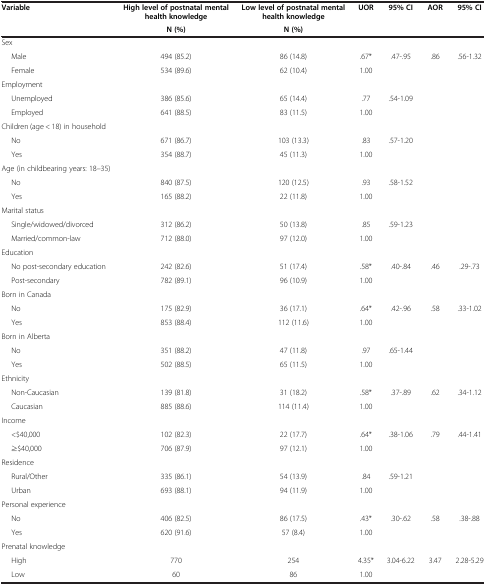
<table><thead><tr><td rowspan="2"><b>Variable</b></td><td><b>High level of postnatal mental health knowledge</b></td><td><b>Low level of postnatal mental health knowledge</b></td><td rowspan="2"><b>UOR</b></td><td rowspan="2"><b>95% CI</b></td><td rowspan="2"><b>AOR</b></td><td rowspan="2"><b>95% CI</b></td></tr><tr><td><b>N (%)</b></td><td><b>N (%)</b></td></tr></thead><tbody><tr><td>Sex</td><td> </td><td> </td><td> </td><td> </td><td> </td><td> </td></tr><tr><td>Male</td><td>494 (85.2)</td><td>86 (14.8)</td><td>.67*</td><td>.47-.95</td><td>.86</td><td>.56-1.32</td></tr><tr><td>Female</td><td>534 (89.6)</td><td>62 (10.4)</td><td>1.00</td><td> </td><td> </td><td> </td></tr><tr><td>Employment</td><td> </td><td> </td><td> </td><td> </td><td> </td><td> </td></tr><tr><td>Unemployed</td><td>386 (85.6)</td><td>65 (14.4)</td><td>.77</td><td>.54-1.09</td><td> </td><td> </td></tr><tr><td>Employed</td><td>641 (88.5)</td><td>83 (11.5)</td><td>1.00</td><td> </td><td> </td><td> </td></tr><tr><td>Children (age &lt; 18) in household</td><td> </td><td> </td><td> </td><td> </td><td> </td><td> </td></tr><tr><td>No</td><td>671 (86.7)</td><td>103 (13.3)</td><td>.83</td><td>.57-1.20</td><td> </td><td> </td></tr><tr><td>Yes</td><td>354 (88.7)</td><td>45 (11.3)</td><td>1.00</td><td> </td><td> </td><td> </td></tr><tr><td>Age (in childbearing years: 18–35)</td><td> </td><td> </td><td> </td><td> </td><td> </td><td> </td></tr><tr><td>No</td><td>840 (87.5)</td><td>120 (12.5)</td><td>.93</td><td>.58-1.52</td><td> </td><td> </td></tr><tr><td>Yes</td><td>165 (88.2)</td><td>22 (11.8)</td><td>1.00</td><td> </td><td> </td><td> </td></tr><tr><td>Marital status</td><td> </td><td> </td><td> </td><td> </td><td> </td><td> </td></tr><tr><td>Single/widowed/divorced</td><td>312 (86.2)</td><td>50 (13.8)</td><td>.85</td><td>.59-1.23</td><td> </td><td> </td></tr><tr><td>Married/common-law</td><td>712 (88.0)</td><td>97 (12.0)</td><td>1.00</td><td> </td><td> </td><td> </td></tr><tr><td>Education</td><td> </td><td> </td><td> </td><td> </td><td> </td><td> </td></tr><tr><td>No post-secondary education</td><td>242 (82.6)</td><td>51 (17.4)</td><td>.58*</td><td>.40-.84</td><td>.46</td><td>.29-.73</td></tr><tr><td>Post-secondary</td><td>782 (89.1)</td><td>96 (10.9)</td><td>1.00</td><td> </td><td> </td><td> </td></tr><tr><td>Born in Canada</td><td> </td><td> </td><td> </td><td> </td><td> </td><td> </td></tr><tr><td>No</td><td>175 (82.9)</td><td>36 (17.1)</td><td>.64*</td><td>.42-.96</td><td>.58</td><td>.33-1.02</td></tr><tr><td>Yes</td><td>853 (88.4)</td><td>112 (11.6)</td><td>1.00</td><td> </td><td> </td><td> </td></tr><tr><td>Born in Alberta</td><td> </td><td> </td><td> </td><td> </td><td> </td><td> </td></tr><tr><td>No</td><td>351 (88.2)</td><td>47 (11.8)</td><td>.97</td><td>.65-1.44</td><td> </td><td> </td></tr><tr><td>Yes</td><td>502 (88.5)</td><td>65 (11.5)</td><td>1.00</td><td> </td><td> </td><td> </td></tr><tr><td>Ethnicity</td><td> </td><td> </td><td> </td><td> </td><td> </td><td> </td></tr><tr><td>Non-Caucasian</td><td>139 (81.8)</td><td>31 (18.2)</td><td>.58*</td><td>.37-.89</td><td>.62</td><td>.34-1.12</td></tr><tr><td>Caucasian</td><td>885 (88.6)</td><td>114 (11.4)</td><td>1.00</td><td> </td><td> </td><td> </td></tr><tr><td>Income</td><td> </td><td> </td><td> </td><td> </td><td> </td><td> </td></tr><tr><td>&lt;$40,000</td><td>102 (82.3)</td><td>22 (17.7)</td><td>.64*</td><td>.38-1.06</td><td>.79</td><td>.44-1.41</td></tr><tr><td>≥$40,000</td><td>706 (87.9)</td><td>97 (12.1)</td><td>1.00</td><td> </td><td> </td><td> </td></tr><tr><td>Residence</td><td> </td><td> </td><td> </td><td> </td><td> </td><td> </td></tr><tr><td>Rural/Other</td><td>335 (86.1)</td><td>54 (13.9)</td><td>.84</td><td>.59-1.21</td><td> </td><td> </td></tr><tr><td>Urban</td><td>693 (88.1)</td><td>94 (11.9)</td><td>1.00</td><td> </td><td> </td><td> </td></tr><tr><td>Personal experience</td><td> </td><td> </td><td> </td><td> </td><td> </td><td> </td></tr><tr><td>No</td><td>406 (82.5)</td><td>86 (17.5)</td><td>.43*</td><td>.30-.62</td><td>.58</td><td>.38-.88</td></tr><tr><td>Yes</td><td>620 (91.6)</td><td>57 (8.4)</td><td>1.00</td><td> </td><td> </td><td> </td></tr><tr><td>Prenatal knowledge</td><td> </td><td> </td><td> </td><td> </td><td> </td><td> </td></tr><tr><td>High</td><td>770</td><td>254</td><td>4.35*</td><td>3.04-6.22</td><td>3.47</td><td>2.28-5.29</td></tr><tr><td>Low</td><td>60</td><td>86</td><td>1.00</td><td> </td><td> </td><td> </td></tr></tbody></table>